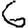
Digit: 6